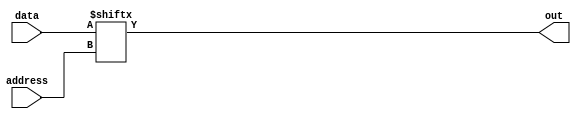
`timescale 1ns / 1ps
//////////////////////////////////////////////////////////////////////////////////
// Company: 
// Engineer: 
// 
// Design Name: 
// Module Name:    multiplexer 
// Project Name: 
// Target Devices: 
// Tool versions: 
// Description: 
//
// Dependencies: 
//
// Revision: 
// Revision 0.01 - File Created
// Additional Comments: 
//
//////////////////////////////////////////////////////////////////////////////////
module multiplexer(
		input [2:0] address,
		input	[7:0] data,
		output out
    );
assign out = data[address];

endmodule